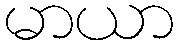
မာယာ